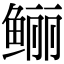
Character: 鲡